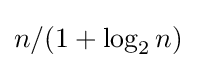
n/(1+\log _{2}{n})